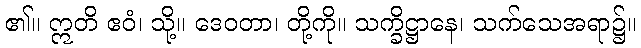
၏။ ဣတိ ဧဝံ၊ သို့။ ဒေဝတာ၊ တို့ကို။ သက္ခိဋ္ဌာနေ၊ သက်သေအရာ၌။